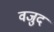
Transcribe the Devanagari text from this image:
वजुद